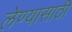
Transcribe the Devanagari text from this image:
लेण्यासाठी